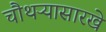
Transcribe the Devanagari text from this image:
चौथऱ्यासारखे